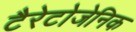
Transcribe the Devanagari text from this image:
टैरेटोजेनिक